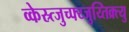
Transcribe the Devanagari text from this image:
व्केस्र्त्जुच्फ्य्जुय्तिक्र्त्यु